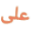
على